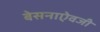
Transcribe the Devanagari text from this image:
बेसनाऐवजी